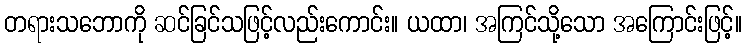
တရားသဘောကို ဆင်ခြင်သဖြင့်လည်းကောင်း။ ယထာ၊ အကြင်သို့သော အကြောင်းဖြင့်။